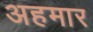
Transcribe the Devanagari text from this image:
अहमार